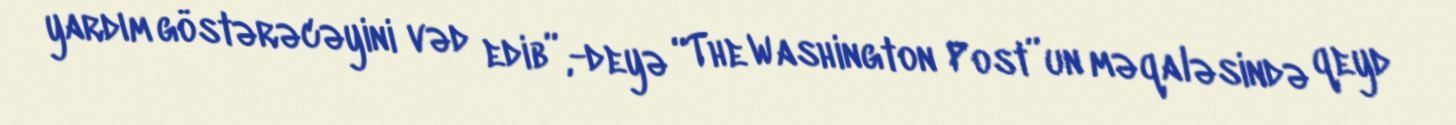
yardım göstərəcəyini vəd edib”,-deyə “The Washington Post”un məqaləsində qeyd